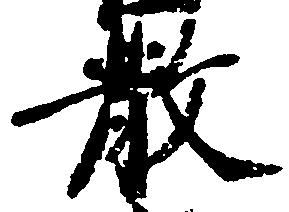
散